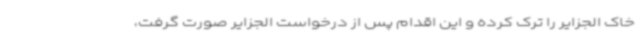
خاک الجزایر را ترک کرده و این اقدام پس از درخواست الجزایر صورت گرفت،